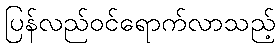
ပြန်လည်ဝင်ရောက်လာသည့်